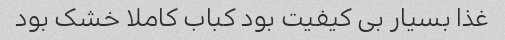
غذا بسیار بی کیفیت بود کباب کاملا خشک‌ بود